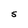
Character: S